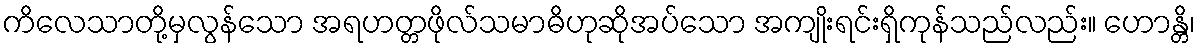
ကိလေသာတို့မှလွန်သော အရဟတ္တဖိုလ်သမာဓိဟုဆိုအပ်သော အကျိုးရင်းရှိကုန်သည်လည်း။ ဟောန္တိ၊